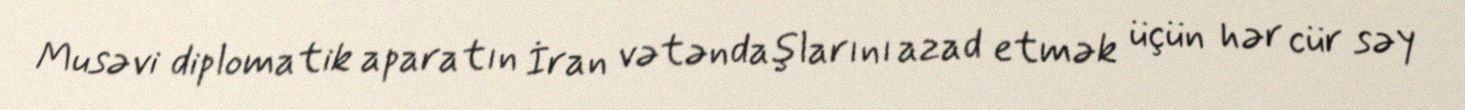
Musəvi diplomatik aparatın İran vətəndaşlarını azad etmək üçün hər cür səy